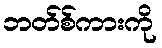
ဘတ်စ်ကားကို